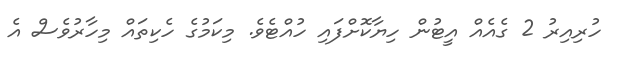
ހުރިއިރު 2 ގެއެއް އީޓުން ހިޔާކޮށްފައި ހުއްޓެވެ. މިކަމުގެ ހެކިތައް މިހާރުވެސް އެ